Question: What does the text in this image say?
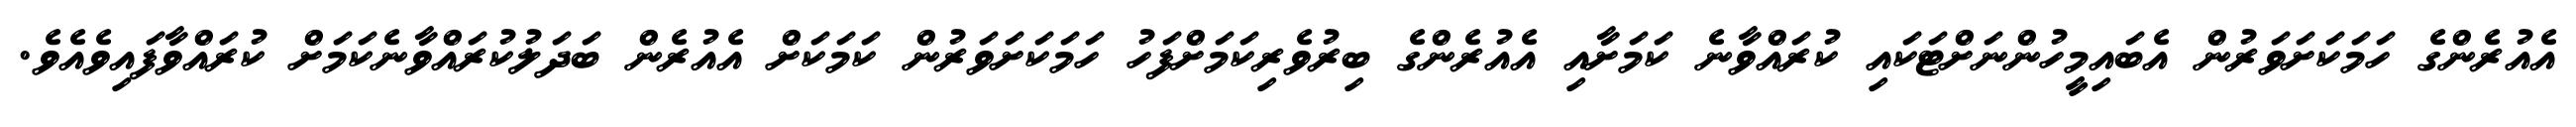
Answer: އެއުރެންގެ ހަމަކަށަވަރުން އެބައިމީހުންނަށްޓަކައި ކުރައްވާނެ ކަމަށާއި އެއުރެންގެ ބިރުވެރިކަމަށްފަހު ހަމަކަށަވަރުން ކަމަކަށް އެއުރެން ބަދަލުކުރައްވާނެކަމަށް ކުރައްވާފައިވެއެވެ.